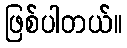
ဖြစ်ပါတယ်။